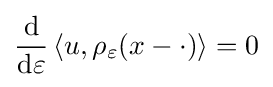
{\frac {\mathrm {d} }{\mathrm {d} \varepsilon }}\left\langle u,\rho _{\varepsilon }(x-\cdot )\right\rangle =0